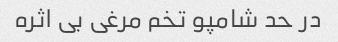
در حد شامپو تخم مرغی بی اثره